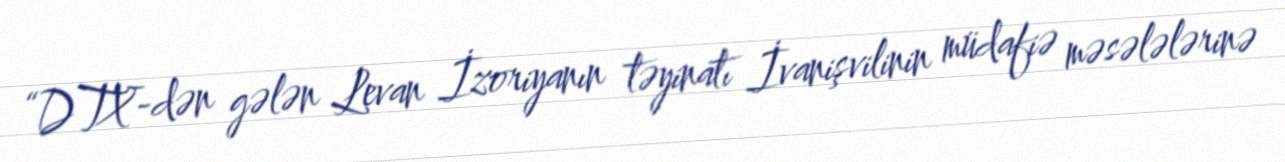
“DTX-dən gələn Levan İzoriyanın təyinatı İvanişvilinin müdafiə məsələlərinə